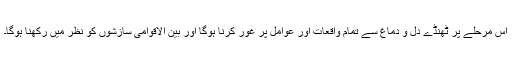
اس مرحلے پر ٹھنڈے دل و دماغ سے تمام واقعات اور عوامل پر غور کرنا ہوگا اور بین الاقوامی سازشوں کو نظر میں رکھنا ہوگا۔